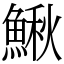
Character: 鰍